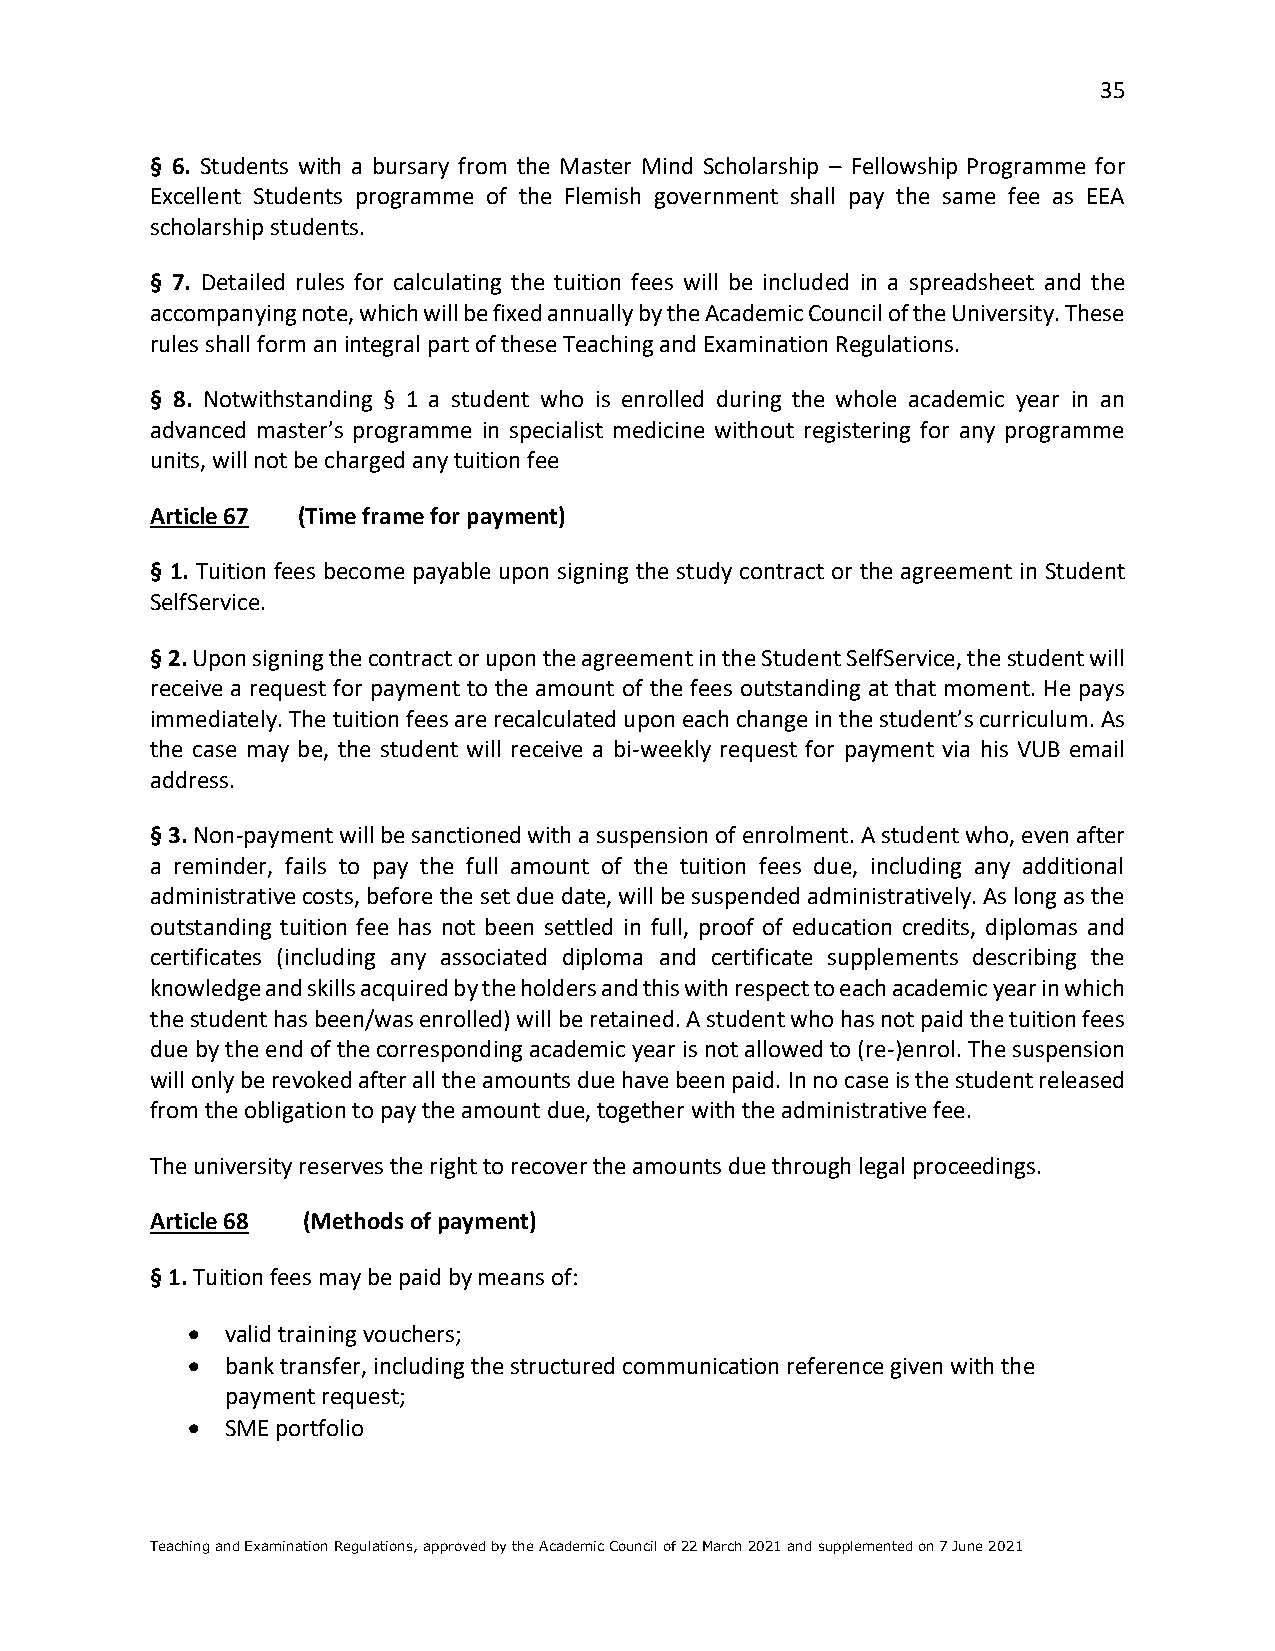
35
 § 6. Students with a bursary from the Master Mind Scholarship – Fellowship Programme for
 Excellent Students programme of the Flemish government shall pay the same fee as EEA
 scholarship students.
 § 7. Detailed rules for calculating the tuition fees will be included in a spreadsheet and the
 accompanying note, which will be fixed annually by the Academic Council of the University. These
 rules shall form an integral part of these Teaching and Examination Regulations.
 § 8. Notwithstanding § 1 a student who is enrolled during the whole academic year in an
 advanced master’s programme in specialist medicine without registering for any programme
 units, will not be charged any tuition fee
 Article 67 (Time frame for payment)
 § 1. Tuition fees become payable upon signing the study contract or the agreement in Student
 SelfService.
 § 2. Upon signing the contract or upon the agreement in the Student SelfService, the student will
 receive a request for payment to the amount of the fees outstanding at that moment. He pays
 immediately. The tuition fees are recalculated upon each change in the student’s curriculum. As
 the case may be, the student will receive a bi-weekly request for payment via his VUB email
 address.
 § 3. Non-payment will be sanctioned with a suspension of enrolment. A student who, even after
 a reminder, fails to pay the full amount of the tuition fees due, including any additional
 administrative costs, before the set due date, will be suspended administratively. As long as the
 outstanding tuition fee has not been settled in full, proof of education credits, diplomas and
 certificates (including any associated diploma and certificate supplements describing the
 knowledge and skills acquired by the holders and this with respect to each academic year in which
 the student has been/was enrolled) will be retained. A student who has not paid the tuition fees
 due by the end of the corresponding academic year is not allowed to (re-)enrol. The suspension
 will only be revoked after all the amounts due have been paid. In no case is the student released
 from the obligation to pay the amount due, together with the administrative fee.
 The university reserves the right to recover the amounts due through legal proceedings.
 Article 68 (Methods of payment)
 § 1. Tuition fees may be paid by means of:
 •  valid training vouchers;
 •  bank transfer, including the structured communication reference given with the
 payment request;
 •  SME portfolio
 Teaching and Examination Regulations, approved by the Academic Council of 22 March 2021 and supplemented on 7 June 2021